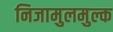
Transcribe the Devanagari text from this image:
निजामुलमुल्क